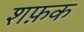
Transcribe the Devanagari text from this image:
शफ़क